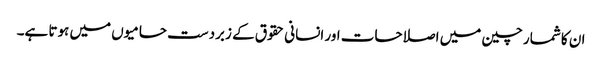
ان کا شمار چین میں اصلاحات اور انسانی حقوق کے زبردست حامیوں میں ہوتا ہے۔